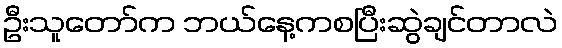
ဦးသူတော်က ဘယ်နေ့ကစပြီးဆွဲချင်တာလဲ